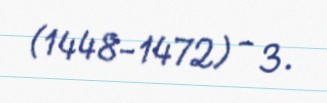
(1448-1472) - 3.